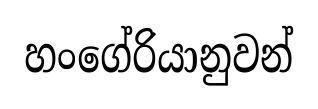
හංගේරියානුවන්